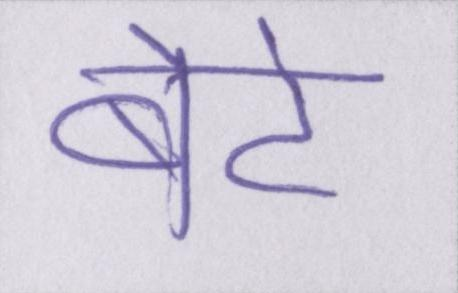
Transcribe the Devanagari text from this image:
बेटे